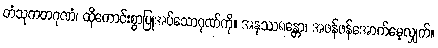
တံသုကတဂုဏံ၊ ထိုကောင်းစွာပြုအပ်သောဂုဏ်ကို။ အနုဿရန္တော၊ အဖန်ဖန်အောက်မေ့လျှက်။